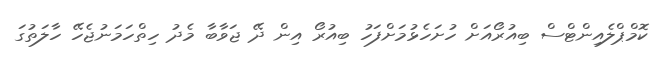
ކޮމްޕްލެއިންޓްސް ބިއުރޯއަށް ހުށަހެޅުމަށްފަހު ބިއުރޯ އިން ދޭ ޖަވާބާ މެދު ހިތްހަމަނުޖެހޭ ހާލަތުގަ